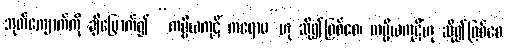
အုတ်ကျောက်ကို ချီမြှောက်၍ “ကပ္ပိယကုဋိံ ကရောမ”ဟု ဆို၍ဖြစ်စေ၊ ကပ္ပိယကုဋိံဟု ဆို၍ဖြစ်စေ